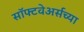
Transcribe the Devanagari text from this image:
सॉफ्टवेअर्सच्या